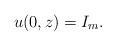
LaTeX: \begin{align*} & u(0,z)=I_m.\end{align*}